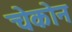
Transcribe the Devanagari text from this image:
चेकोन